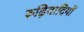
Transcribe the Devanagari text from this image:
रूढ़िवादियों